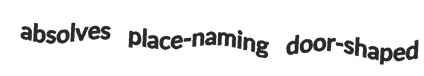
absolves place-naming door-shaped